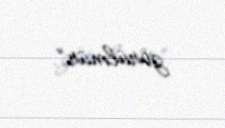
görülmür”.